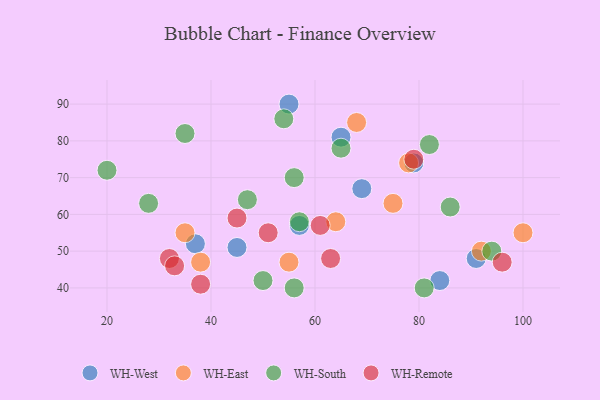
{"axis": {"x": "GDP", "y": "Life Expectancy"}, "legend": ["WH-East", "WH-Remote", "WH-South", "WH-West"], "data": [{"x": "55", "y": 90, "type": "WH-West"}, {"x": "57", "y": 57, "type": "WH-West"}, {"x": "65", "y": 81, "type": "WH-West"}, {"x": "69", "y": 67, "type": "WH-West"}, {"x": "91", "y": 48, "type": "WH-West"}, {"x": "45", "y": 51, "type": "WH-West"}, {"x": "37", "y": 52, "type": "WH-West"}, {"x": "84", "y": 42, "type": "WH-West"}, {"x": "79", "y": 74, "type": "WH-West"}, {"x": "55", "y": 47, "type": "WH-East"}, {"x": "35", "y": 55, "type": "WH-East"}, {"x": "100", "y": 55, "type": "WH-East"}, {"x": "68", "y": 85, "type": "WH-East"}, {"x": "64", "y": 58, "type": "WH-East"}, {"x": "92", "y": 50, "type": "WH-East"}, {"x": "78", "y": 74, "type": "WH-East"}, {"x": "38", "y": 47, "type": "WH-East"}, {"x": "75", "y": 63, "type": "WH-East"}, {"x": "56", "y": 70, "type": "WH-South"}, {"x": "47", "y": 64, "type": "WH-South"}, {"x": "20", "y": 72, "type": "WH-South"}, {"x": "50", "y": 42, "type": "WH-South"}, {"x": "28", "y": 63, "type": "WH-South"}, {"x": "82", "y": 79, "type": "WH-South"}, {"x": "57", "y": 58, "type": "WH-South"}, {"x": "94", "y": 50, "type": "WH-South"}, {"x": "65", "y": 78, "type": "WH-South"}, {"x": "54", "y": 86, "type": "WH-South"}, {"x": "56", "y": 40, "type": "WH-South"}, {"x": "86", "y": 62, "type": "WH-South"}, {"x": "81", "y": 40, "type": "WH-South"}, {"x": "35", "y": 82, "type": "WH-South"}, {"x": "32", "y": 48, "type": "WH-Remote"}, {"x": "96", "y": 47, "type": "WH-Remote"}, {"x": "79", "y": 75, "type": "WH-Remote"}, {"x": "61", "y": 57, "type": "WH-Remote"}, {"x": "63", "y": 48, "type": "WH-Remote"}, {"x": "33", "y": 46, "type": "WH-Remote"}, {"x": "45", "y": 59, "type": "WH-Remote"}, {"x": "51", "y": 55, "type": "WH-Remote"}, {"x": "38", "y": 41, "type": "WH-Remote"}]}